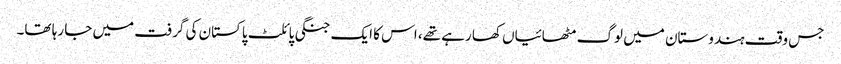
جس وقت ہندوستان میں لوگ مٹھائیاں کھا رہے تھے، اس کا ایک جنگی پائلٹ پاکستان کی گرفت میں جا رہا تھا۔